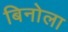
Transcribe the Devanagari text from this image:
बिनोला